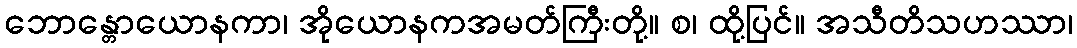
ဘောန္တောယောနကာ၊ အိုယောနကအမတ်ကြီးတို့။ စ၊ ထို့ပြင်။ အသီတိသဟဿာ၊